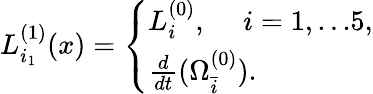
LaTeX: L_{i_{1}}^{(1)}(x)=\left\{ \begin{array}{ll}{{L_{i}^{(0)},\ ~~~~i=1,...5,}}\\ {{\frac{d}{dt}(\Omega_{\bar{i}}^{(0)}).}}\end{array}\right.